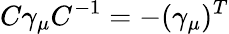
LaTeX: C\gamma_{\mu}C^{-1}=-(\gamma_{\mu})^{T}